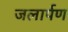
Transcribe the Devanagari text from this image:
जलार्पण